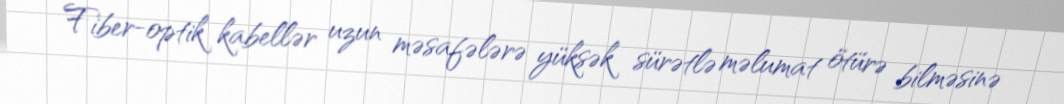
Fiber-optik kabellər uzun məsafələrə yüksək sürətlə məlumat ötürə bilməsinə